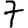
Digit: 7